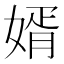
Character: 婿